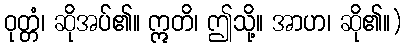
ဝုတ္တံ၊ ဆိုအပ်၏။ ဣတိ၊ ဤသို့။ အာဟ၊ ဆို၏။)